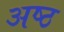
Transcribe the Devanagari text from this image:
अष्‍ठ